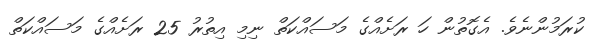
ކުރަމުންނެވެ. އެގޮތުން ހަ ރަށެއްގެ މަސައްކަތް ނިމި އިތުރު 25 ރަށެއްގެ މަސައްކަތް